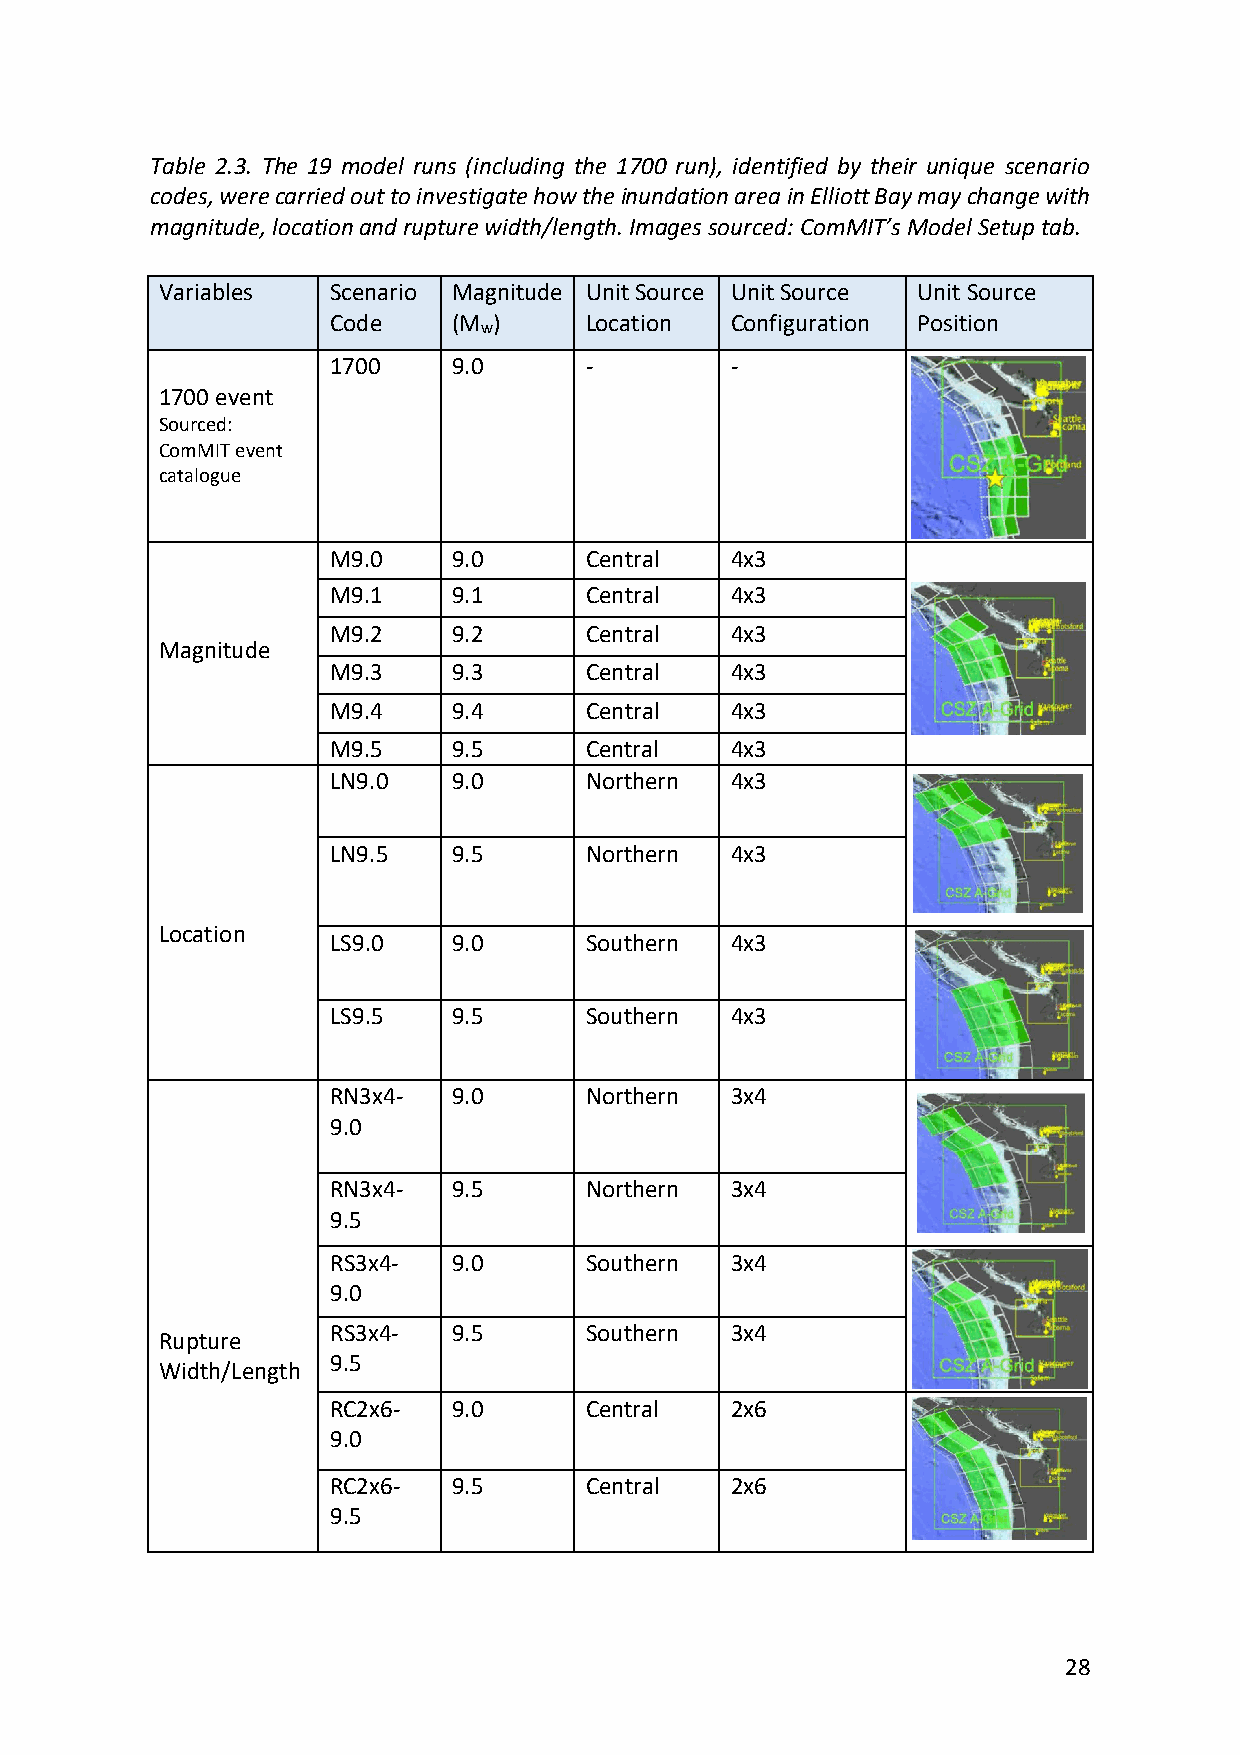
Table 2.3. The 19 model runs (including the 1700 run), identified by their unique scenario
 codes, were carried out to investigate how the inundation area in Elliott Bay may change with
 magnitude, location and rupture width/length. Images sourced: ComMIT’s Model Setup tab.
 Variables  Scenario Magnitude Unit Source Unit Source Unit Source
 Code    (M )     Location Configuration Position
 w
 1700    9.0      -        -
 1700 event
 Sourced:
 ComMIT event
 catalogue
 M9.0    9.0      Central  4x3
 M9.1    9.1      Central  4x3
 M9.2    9.2      Central  4x3
 Magnitude
 M9.3    9.3      Central  4x3
 M9.4    9.4      Central  4x3
 M9.5    9.5      Central  4x3
 LN9.0   9.0      Northern 4x3
 LN9.5   9.5      Northern 4x3
 Location
 LS9.0   9.0      Southern 4x3
 LS9.5   9.5      Southern 4x3
 RN3x4-  9.0      Northern 3x4
 9.0
 RN3x4-  9.5      Northern 3x4
 9.5
 RS3x4-  9.0      Southern 3x4
 9.0
 RS3x4-  9.5      Southern 3x4
 Rupture
 9.5
 Width/Length
 RC2x6-  9.0      Central  2x6
 9.0
 RC2x6-  9.5      Central  2x6
 9.5
 28